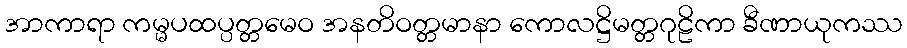
အာကာရာ ကမ္မပထပ္ပတ္တမေဝ အနတိဝတ္တမာနာ ကောလဋ္ဌိမတ္တဂုဠိကာ ခီဏာယုကဿ